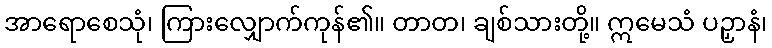
အာရောစေသုံ၊ ကြားလျှောက်ကုန်၏။ တာတ၊ ချစ်သားတို့။ ဣမေသံ ပဉှာနံ၊